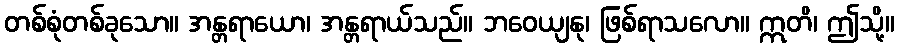
တစ်စုံတစ်ခုသော။ အန္တရာယော၊ အန္တရာယ်သည်။ ဘဝေယျနု၊ ဖြစ်ရာသလော။ ဣတိ၊ ဤသို့။